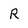
Character: R